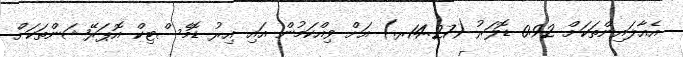
އެއާލައިންތަކަށް 0.92 ޑޮލަރު (14.27ރ.) އަށް ވިއްކަމުން އައި އިރު ޑޮމެސްޓިކް އޮޕަރޭޝަންތަކަށް